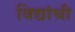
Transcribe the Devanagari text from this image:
विद्यांची